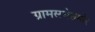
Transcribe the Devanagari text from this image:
ग्रामसभेसमोर